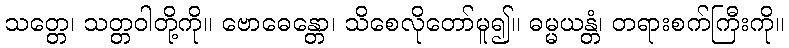
သတ္တေ၊ သတ္တဝါတို့ကို။ ဗောဓေန္တော၊ သိစေလိုတော်မူ၍။ ဓမ္မယန္တံ၊ တရားစက်ကြီးကို။